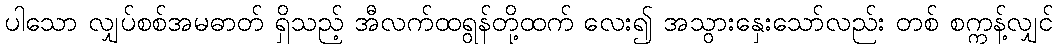
ပါသော လျှပ်စစ်အမဓာတ် ရှိသည့် အီလက်ထရွန်တို့ထက် လေး၍ အသွားနှေးသော်လည်း တစ် စက္ကန့်လျှင်